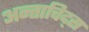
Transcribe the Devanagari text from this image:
अन्ताचिद्स